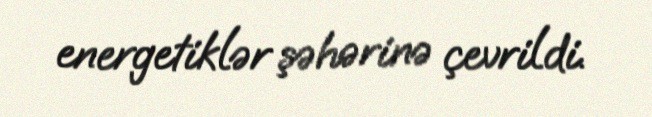
energetiklər şəhərinə çevrildi.